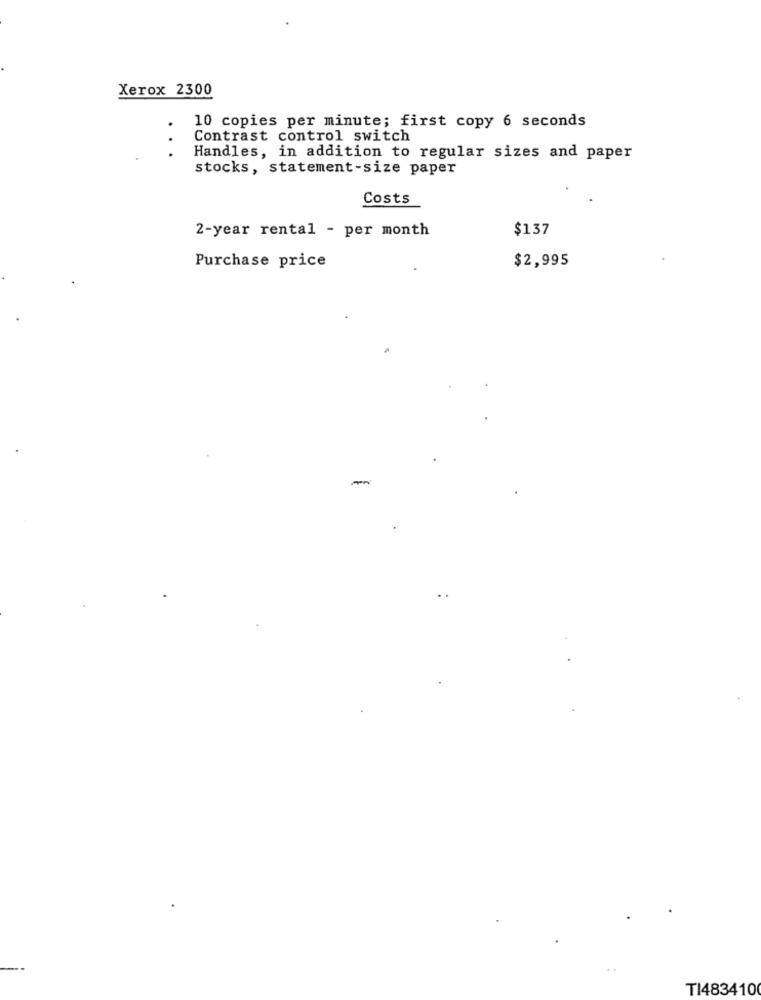
Xerox 2300
10 copies per minute; first copy 6 seconds
Contrast control switch
Handles, in addition to regular sizes and paper
stocks, statement-size paper
Costs
2-year rental - per month
$137
Purchase price
$2,995
-
TI483410